Annual report of the Punjab Veterinary College and of the Civil Veterinary Department, Punjab - 1909-1919
Year: 1909
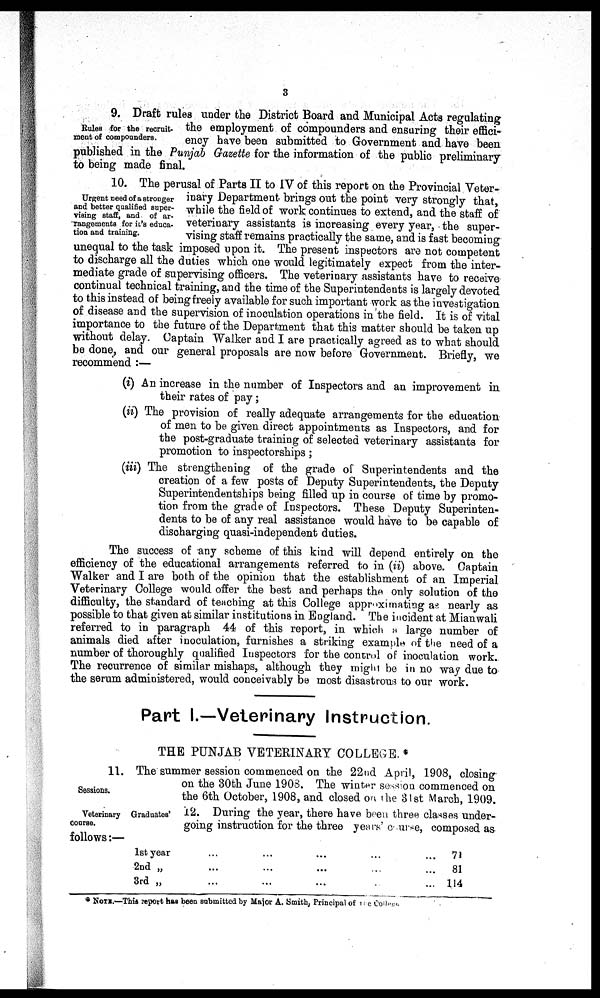
3
Rules for the recruit-
ment of compounders.
9. Draft rules under the District Board and Municipal Acts regulating
the employment of compounders and ensuring their effici-
ency have been submitted to Government and have been
published in the Punjab Gazette for the information of the public preliminary
to being made final.
Urgent need of a stronger
and better qualified super-
vising staff, and of ar-
rangements for it's educa-
tion and training.
10. The perusal of Parts II to IV of this report on the Provincial Veter-
inary Department brings out the point very strongly that,
while the field of work continues to extend, and the staff of
veterinary assistants is increasing every year, the super-
vising staff remains practically the same, and is fast becoming
unequal to the task imposed upon it. The present inspectors are not competent
to discharge all the duties which one would legitimately expect from the inter-
mediate grade of supervising officers. The veterinary assistants have to receive
continual technical training, and the time of the Superintendents is largely devoted
to this instead of being freely available for such important work as the investigation
of disease and the supervision of inoculation operations in the field. It is of vital
importance to the future of the Department that this matter should be taken up
without delay. Captain Walker and I are practically agreed as to what should
be done, and our general proposals are now before Government. Briefly, we
recommend:—
(i) An increase in the number of Inspectors and an improvement in
their rates of pay;
(ii) The provision of really adequate arrangements for the education
of men to be given direct appointments as Inspectors, and for
the post-graduate training of selected veterinary assistants for
promotion to inspectorships;
(iii) The strengthening of the grade of Superintendents and the
creation of a few posts of Deputy Superintendents, the Deputy
Superintendentships being filled up in course of time by promo-
tion from the grade of Inspectors. These Deputy Superinten-
dents to be of any real assistance would have to be capable of
discharging quasi-independent duties.
The success of any scheme of this kind will depend entirely on the
efficiency of the educational arrangements referred to in (ii) above. Captain
Walker and I are both of the opinion that the establishment of an Imperial
Veterinary College would offer the best and perhaps the only solution of the
difficulty, the standard of teaching at this College approximating as nearly as
possible to that given at similar institutions in England. The incident at Mianwali
referred to in paragraph 44 of this report, in which a large number of
animals died after inoculation, furnishes a striking example of the need of a
number of thoroughly qualified Inspectors for the control of inoculation work.
The recurrence of similar mishaps, although they might be in no way due to
the serum administered, would conceivably be most disastrous to our work.
Part I.—Veterinary Instruction.
THE PUNJAB VETERINARY COLLEGE.*
Sessions.
11. The summer session commenced on the 22nd April, 1908, closing
on the 30th June 1908. The winter session commenced on
the 6th October, 1908, and closed on the 31st March, 1909.
Veterinary Graduates'
Course.
12. During the year, there have been three classes under-
going instruction for the three years' course, composed as
follows:—
1st year
2nd „
3rd „
...
...
...
...
...
...
...
...
...
...
...
...
...
...
...
71
81
114
* NOTE.—This report has been submitted by Major A. Smith, Principal of the College.